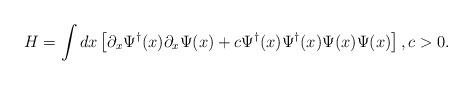
LaTeX: \begin{align*}H = \int dx \left[\partial_x\Psi^{\dag}(x)\partial_x\Psi(x) +c \Psi^{\dag}(x)\Psi^{\dag}(x)\Psi(x)\Psi(x) \right],c>0.\end{align*}